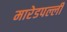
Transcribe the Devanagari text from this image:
मारेडपल्ली